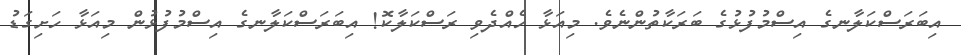
އިބަރަސްކަލާނގެ އިސްމުފުޅުގެ ބަރަކާތުންނެވެ. މިއަޅާ ހެއްދެވި ރަސްކަލާކޮ! އިބަރަސްކަލާނގެ އިސްމުފުޅުން މިއަޅާ ހަށިގަޑު